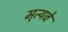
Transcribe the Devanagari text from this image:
मृत्यवे